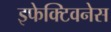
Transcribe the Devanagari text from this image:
इफेक्टिवनेस